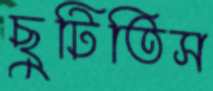
ছুটিতিস